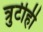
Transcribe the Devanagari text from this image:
त्रुटीही